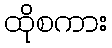
ထိုစကား